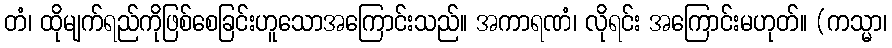
တံ၊ ထိုမျက်ရည်ကိုဖြစ်စေခြင်းဟူသောအကြောင်းသည်။ အကာရဏံ၊ လိုရင်း အကြောင်းမဟုတ်။ (ကသ္မာ၊